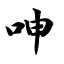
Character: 呻